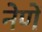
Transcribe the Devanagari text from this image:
नेणें